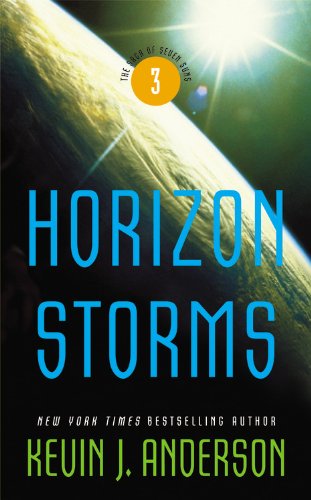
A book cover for Horizon Storms (The Saga of Seven Suns); Kevin J. Anderson; Romance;